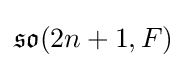
{\mathfrak {so}}(2n+1,F)